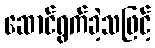
ဆောင်ရွက်ခဲ့သဖြင့်